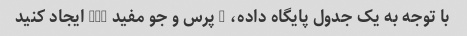
با توجه به یک جدول پایگاه داده، 5 پرس و جو مفید SQL ایجاد کنید